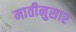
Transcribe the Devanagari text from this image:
मातीनुसार